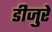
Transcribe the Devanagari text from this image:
डीजुरे